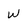
Character: w